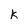
Character: k